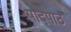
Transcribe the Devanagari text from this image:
पादपाठ